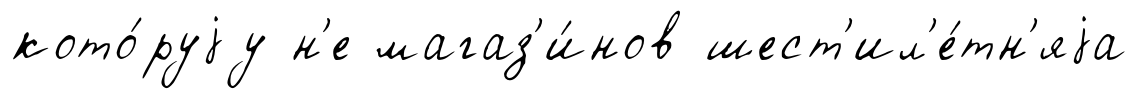
кото́руjу н'е магаз'и́нов шест'ил'е́тн'яjа